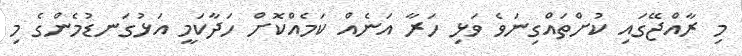
މި ރާއްޖޭގައި ކުށްތައްގިނަވެ ވަޅި ހަރާ އަނެއް ކަމެއްކޮށް ހަދާކަމީ އަޅުގަނޑުމެންގެ މި